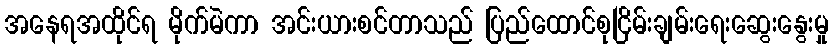
အနေရအထိုင်ရ မိုက်မဲကာ အင်းယားစင်တာသည် ပြည်ထောင်စုငြိမ်းချမ်းရေးဆွေးနွေးမှု